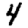
Digit: 4